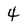
Character: 4